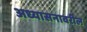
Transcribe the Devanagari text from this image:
अध्यासनावरील